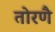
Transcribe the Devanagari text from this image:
तोरणै